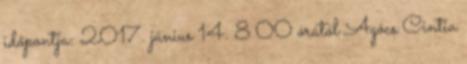
időpontja: 2017. június 14. 8 00 órától Agócs Cintia